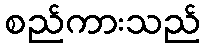
စည်ကားသည်